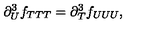
\partial _ { U } ^ { 3 } f _ { T T T } = \partial _ { T } ^ { 3 } f _ { U U U } ,